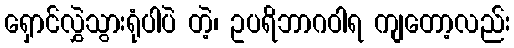
ရှောင်လွှဲသွားရုံပါပဲ တဲ့၊ ဥပရိဘာဂဝါရ ကျတော့လည်း